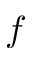
f